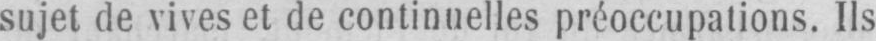
sujet de vives et de continuelles préoccupations. Ils